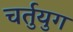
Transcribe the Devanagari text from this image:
चर्तुयुग